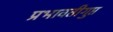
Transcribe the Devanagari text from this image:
प्रभावतीगुप्त